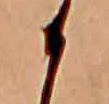
か